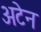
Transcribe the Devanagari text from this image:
अटेन